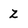
Character: z